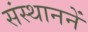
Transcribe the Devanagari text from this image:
संस्थाननें